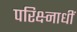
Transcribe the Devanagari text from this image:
परिक्ष्नाधीं